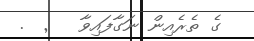
ގެ ތެރެއިން ނަގާފައިވާ